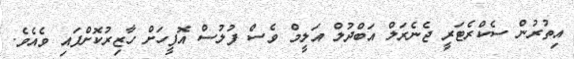
އިތުރުން ސެކްރެޓަރީ ޖެނެރަލް އަބްދުލް އަލީމް ވެސް ފުލުސް އޮފީހަށް ހާޒިރުކޮށްފައި ވެއެވެ.